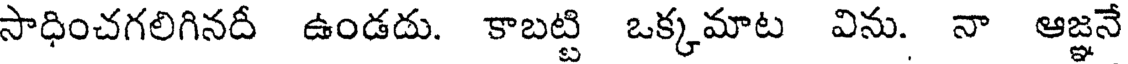
సాధించగలిగినదీ ఉండదు. కాబట్టి ఒక్కమాట విను. నా ఆజ్ఞనే